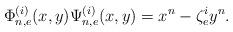
LaTeX: \begin{align*} \Phi_{n,e}^{(i)}(x,y)\Psi_{n,e}^{(i)}(x,y)=x^n-\zeta^i_{e}y^n.\end{align*}